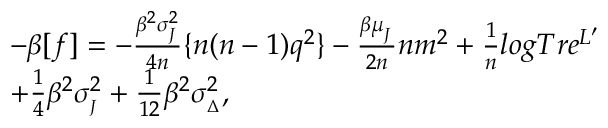
\begin{array} { r l } & { - \beta [ f ] = - \frac { \beta ^ { 2 } \sigma _ { _ { J } } ^ { 2 } } { 4 n } \{ n ( n - 1 ) q ^ { 2 } \} - \frac { \beta \mu _ { _ { J } } } { 2 n } n m ^ { 2 } + \frac { 1 } { n } l o g T r e ^ { L ^ { \prime } } } \\ & { + \frac { 1 } { 4 } \beta ^ { 2 } \sigma _ { _ { J } } ^ { 2 } + \frac { 1 } { 1 2 } \beta ^ { 2 } \sigma _ { _ { \Delta } } ^ { 2 } , } \end{array}